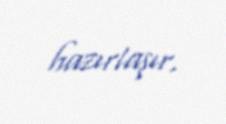
hazırlaşır.